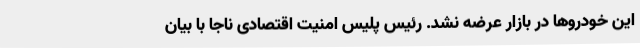
این خودروها در بازار عرضه نشد. رئیس پلیس امنیت اقتصادی ناجا با بیان